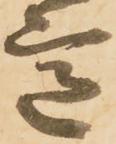
意